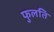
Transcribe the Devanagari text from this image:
फुलति